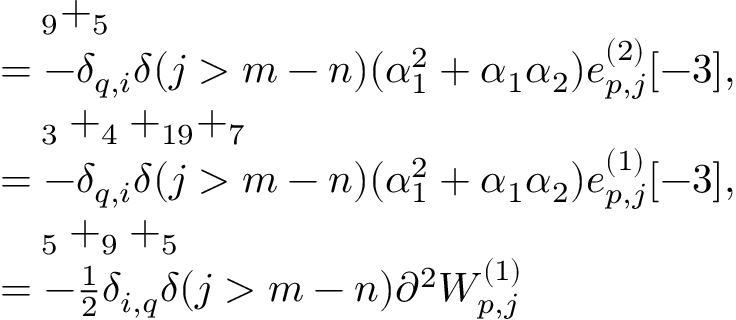
\begin{array} { r l } & { \quad _ { 9 } + _ { 5 } } \\ & { = - \delta _ { q , i } \delta ( j > m - n ) ( \alpha _ { 1 } ^ { 2 } + \alpha _ { 1 } \alpha _ { 2 } ) e _ { p , j } ^ { ( 2 ) } [ - 3 ] , } \\ & { \quad _ { 3 } + _ { 4 } + _ { 1 9 } + _ { 7 } } \\ & { = - \delta _ { q , i } \delta ( j > m - n ) ( \alpha _ { 1 } ^ { 2 } + \alpha _ { 1 } \alpha _ { 2 } ) e _ { p , j } ^ { ( 1 ) } [ - 3 ] , } \\ & { \quad _ { 5 } + _ { 9 } + _ { 5 } } \\ & { = - \frac { 1 } { 2 } \delta _ { i , q } \delta ( j > m - n ) \partial ^ { 2 } W _ { p , j } ^ { ( 1 ) } } \end{array}